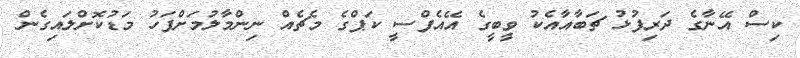
ކިސް އޭނާގެ ދަރިފުޅު ޗަބާއާއެކު ވީބީގެ އޭއެފްސީ ކަޕްގެ މެޗެއް ނިންމާލުމަށްފަހު މަޑުކޮށްލައިގެން